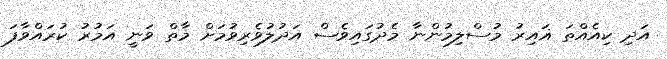
އަދި ކިއެއްތަ ޣައިރު މުސްލިމުންނާ މެދުގައިވެސް އަދުލުވެރިވުމަށް މާތް ވަނީ އަމުރު ކުރައްވާފަ